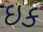
ઇક